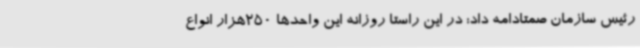
رئیس سازمان صمتادامه داد: در این راستا روزانه این واحدها 250هزار انواع